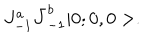
J _ { - 1 } ^ { a } \bar { J } _ { - 1 } ^ { b } | 0 ; 0 , 0 > .